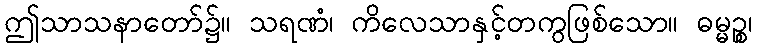
ဤသာသနာတော်၌။ သရဏံ၊ ကိလေသာနှင့်တကွဖြစ်သော။ ဓမ္မဉ္စ၊